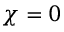
\chi = 0